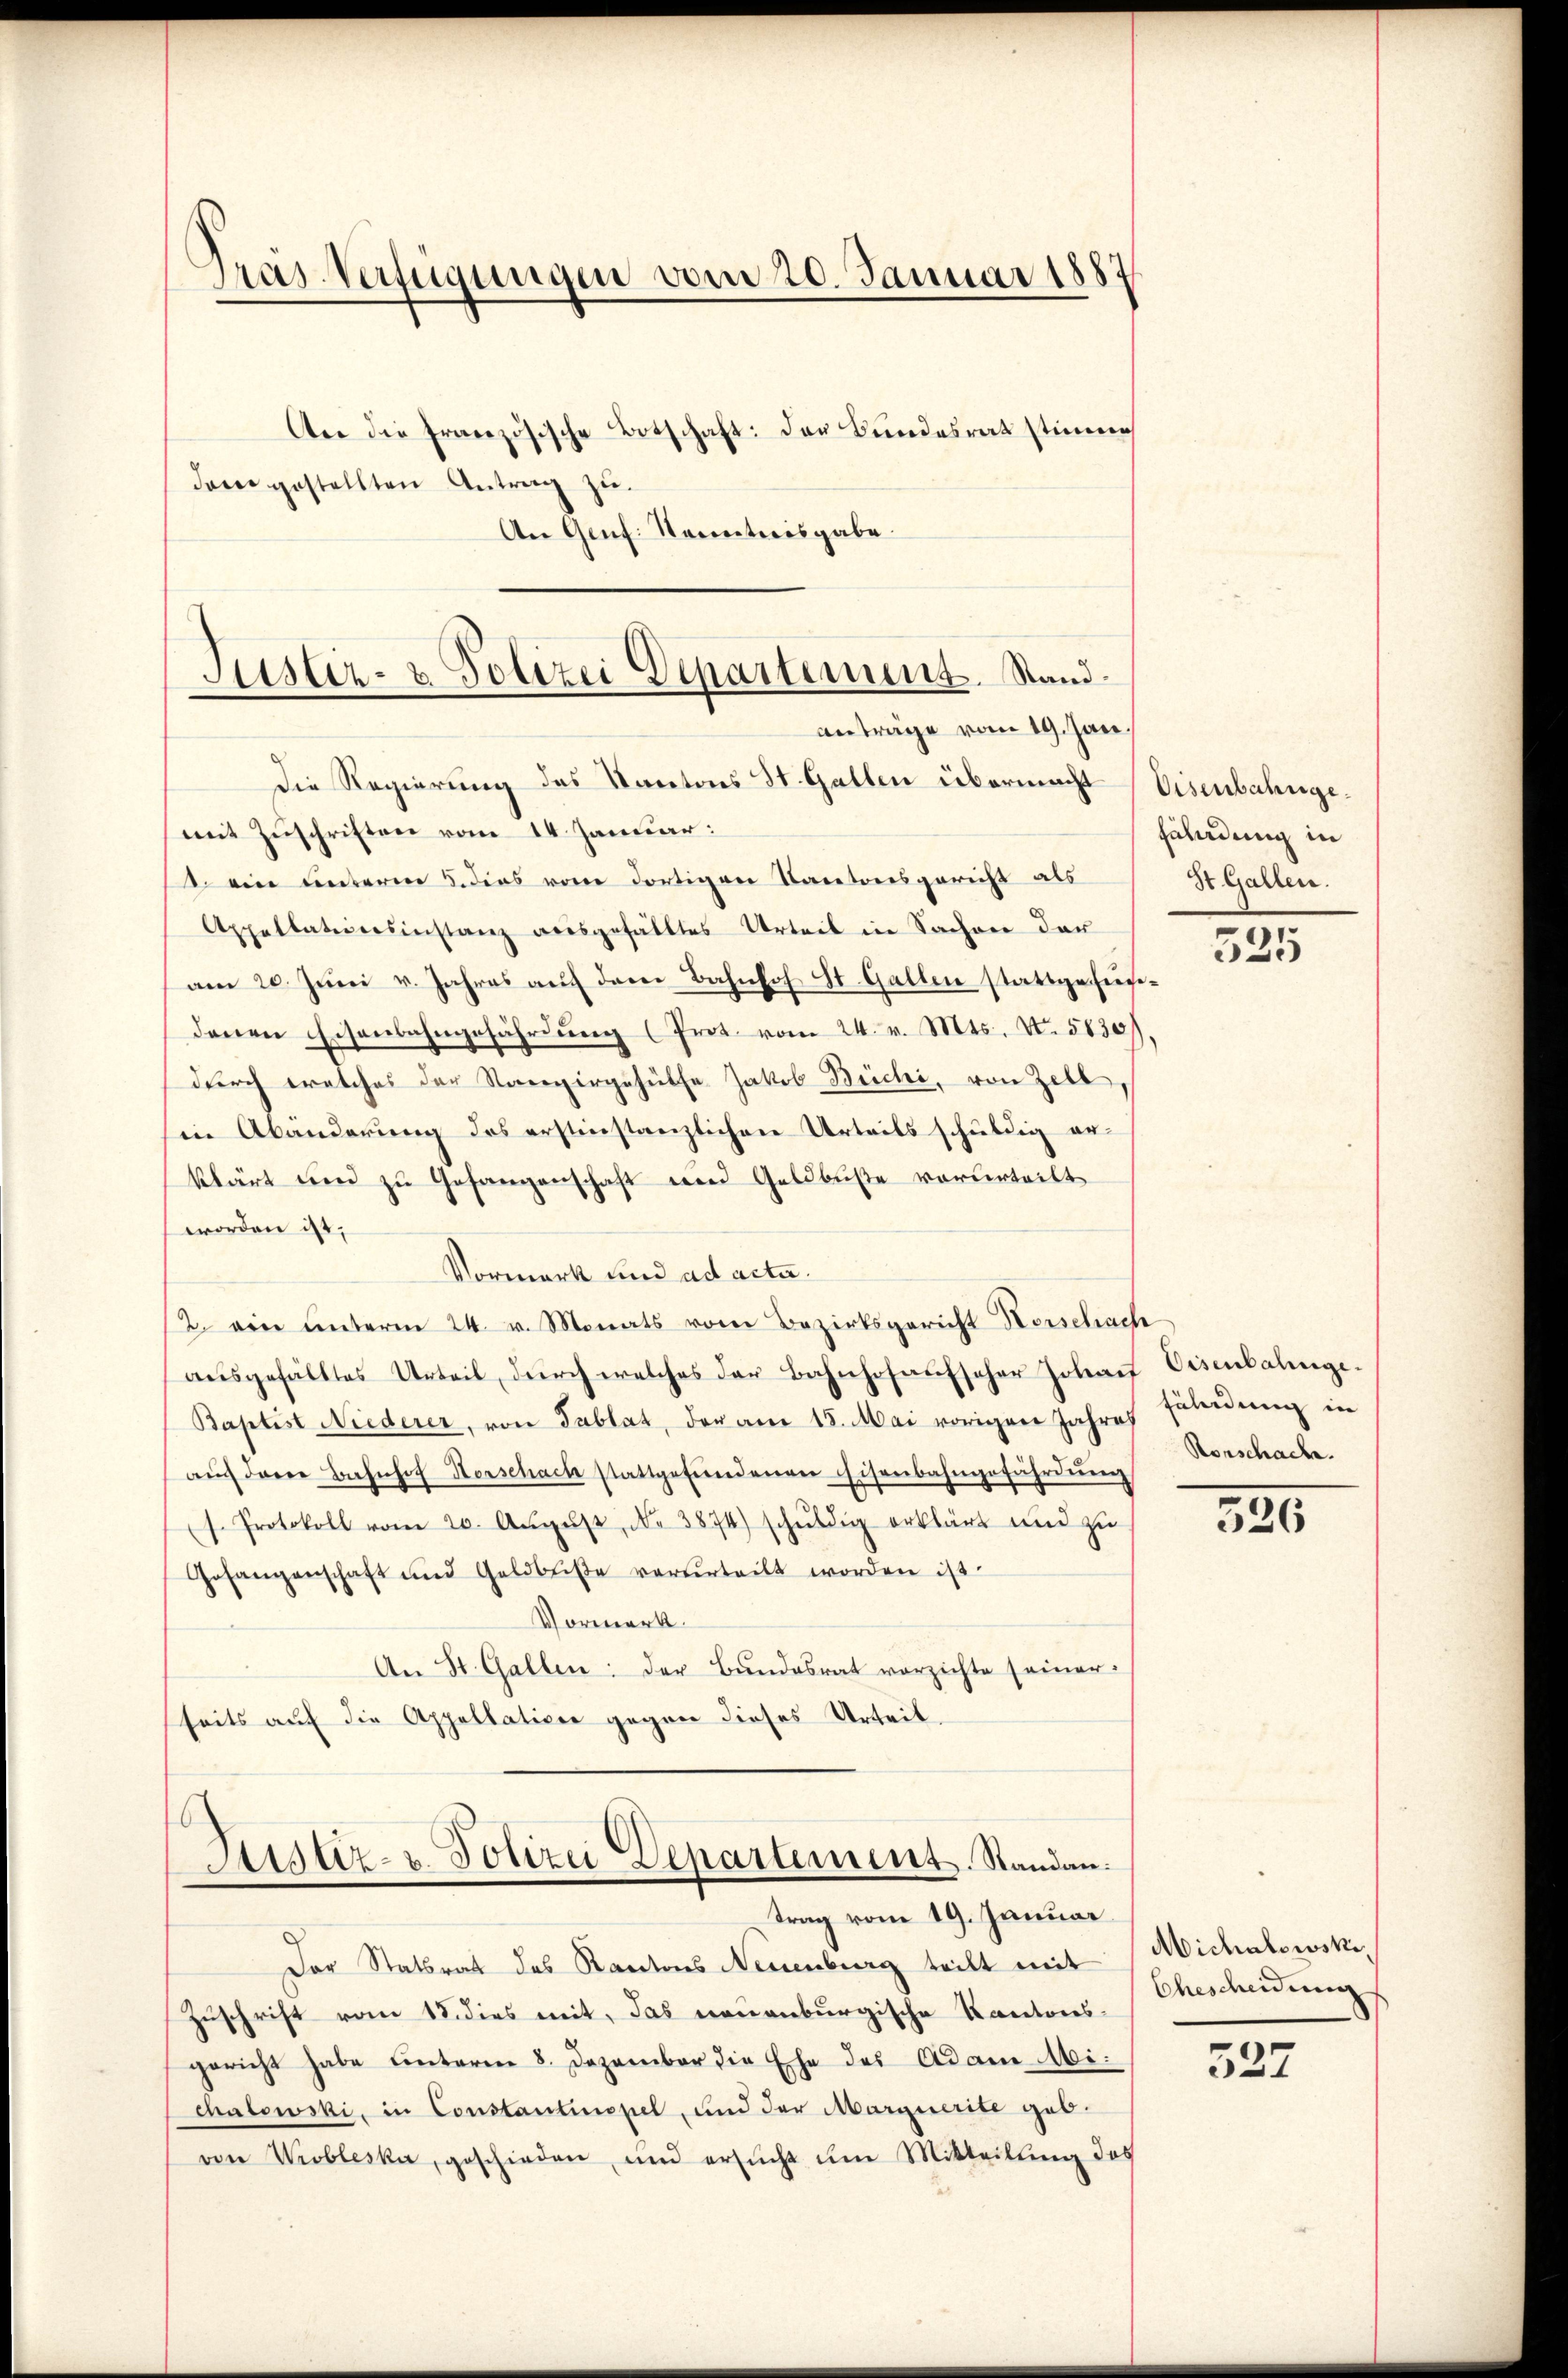
Gras-Verfügungen vom 20. Januar 1887
Aer die französische Botschaft: der Bundesrat stimme
dam gestellten Antrag zu.
An Genf. Nanetweisgabe.

Die Regierung des Kantons St. Gallen übermacht
mit Zuschriften vom 14. Januar:
1. ein unterm 5. dies vom dortigen Kantonsgericht als
Appellationsinstanz ausgefälltes Urteil in Sachen der
am 20. Juni v. Jahres auf dem Bahnhof St. Gallen stattgefundenen Eisenbahngefährdung (Prot. vom 24. v. Mts., No. 5830)
durch eraches der Nargergehülfe Jakob Beichi, von Zell,
in Abänderung des erstinstanzlichen Urteils schuldig erklärt und zu Gefangenschaft und Geldbuße verurteilt
worden ist;
Vormerk und ad acta.
2. ein unterm 24. v. Monats vom Bezirksgericht Herschach
ausgefälltes Urteil, durch welches der Bahnhofaufscher Johauf Eisentalinge¬
Baptist Niederer, von Tablat, der am 15. Mai vorigen Jahres Geleidung in
aŭf dann Bahnhof Herschach stattgefŭndenen Eisenbahngeführdŭng
s. Protokoll vom 20. Aŭgŭst N. 3874) schŭldig erklärt und zu
Gefangenschaft und Geldbuße verurteilt worden ist.
Vormerk.
An St. Gallen: der Bundesrat vorzichte seiner
seits auf die Appellation gegen dieses Urteil,

Der Statsrat des Kantons Neuenburg teilt mit Michalowski,
Zuschrift vom 18. dies mit, das neuenburgische Kantonsgericht habe unterm 8. Dezember die Ehe des Adam bi
chalowski, in Constantinopel, und der Marquerite geb.
von Wiobleska, geschieden, und ersŭcht um Mitteilŭng des

Sistiz- & Polizei Departement. Stand.
anträge vom 19. Jan.

Astiz- u. Polizei Departement. Standau.
trag vom 19. Januar

Eisenbahngefährdung in
St. Gallen.

525

Rorschache.

336

Ehescheidung

527